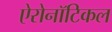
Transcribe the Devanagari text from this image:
ऐरोनॉटिकल